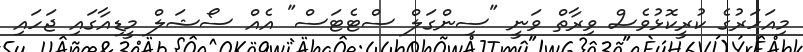
މިއަހަރުގެ ކުރީކޮޅުވެސް ވިރާތް ވަނީ "ސިންގަލް ސްޓެޓަސް" އެއް ސޯޝަލް މީޑިއާގައި ޖަހައި